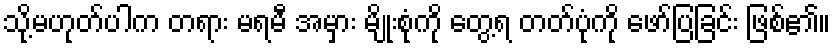
သို့မဟုတ်ပါက တရား မရမီ အမှား မျိုးစုံကို တွေ့ရ တတ်ပုံကို ဖော်ပြခြင်း ဖြစ်၏။